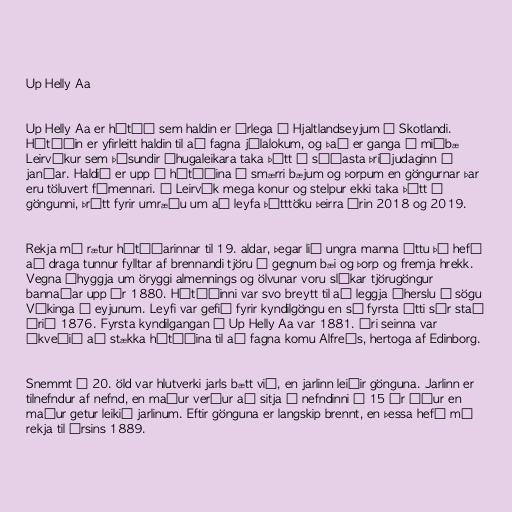
Up Helly Aa

Up Helly Aa er hátíð sem haldin er árlega í Hjaltlandseyjum í Skotlandi.
Hátíðin er yfirleitt haldin til að fagna jólalokum, og það er ganga í miðbæ
Leirvíkur sem þúsundir áhugaleikara taka þátt í síðasta þriðjudaginn í
janúar. Haldið er upp á hátíðina í smærri bæjum og þorpum en göngurnar þar
eru töluvert fámennari. Í Leirvík mega konur og stelpur ekki taka þátt í
göngunni, þrátt fyrir umræðu um að leyfa þátttöku þeirra árin 2018 og 2019.

Rekja má rætur hátíðarinnar til 19. aldar, þegar lið ungra manna áttu þá hefð
að draga tunnur fylltar af brennandi tjöru í gegnum bæi og þorp og fremja hrekk.
Vegna áhyggja um öryggi almennings og ölvunar voru slíkar tjörugöngur
bannaðar upp úr 1880. Hátíðinni var svo breytt til að leggja áherslu á sögu
Víkinga í eyjunum. Leyfi var gefið fyrir kyndilgöngu en sú fyrsta átti sér stað
árið 1876. Fyrsta kyndilgangan á Up Helly Aa var 1881. Ári seinna var
ákveðið að stækka hátíðina til að fagna komu Alfreðs, hertoga af Edinborg.

Snemmt á 20. öld var hlutverki jarls bætt við, en jarlinn leiðir gönguna. Jarlinn er
tilnefndur af nefnd, en maður verður að sitja í nefndinni í 15 ár áður en
maður getur leikið jarlinum. Eftir gönguna er langskip brennt, en þessa hefð má
rekja til ársins 1889.